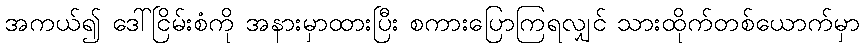
အကယ်၍ ဒေါ်ငြိမ်းစံကို အနားမှာထားပြီး စကားပြောကြရလျှင် သားထိုက်တစ်ယောက်မှာ